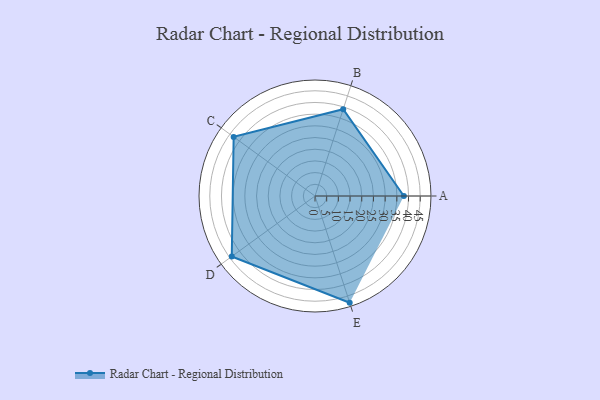
{"axis": {"x": "Skill", "y": "Score"}, "legend": ["Profile"], "data": [{"x": "A", "y": 38.0, "type": "Profile"}, {"x": "B", "y": 39.0, "type": "Profile"}, {"x": "C", "y": 43.0, "type": "Profile"}, {"x": "D", "y": 44.0, "type": "Profile"}, {"x": "E", "y": 48.0, "type": "Profile"}]}